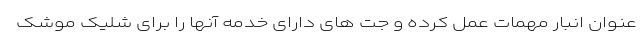
عنوان انبار مهمات عمل کرده و جت های دارای خدمه آنها را برای شلیک موشک